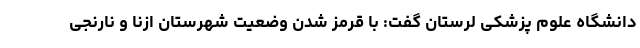
دانشگاه علوم پزشکی لرستان گفت: با قرمز شدن وضعیت شهرستان ازنا و نارنجی